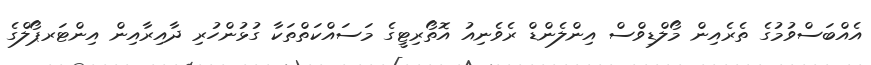
އެއްބަސްވުމުގެ ތެރެއިން މޯލްޑިވްސް އިންލެންޑް ރެވެނިއު އޮތޯރިޓީގެ މަސައްކަތްތަކާ ގުޅުންހުރި ދާއިރާއިން އިންޓަރޕޯލްގެ